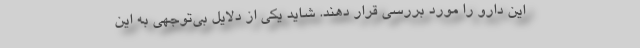
این دارو را مورد بررسی قرار دهند. شاید یکی از دلایل بی‌توجهی به این